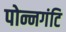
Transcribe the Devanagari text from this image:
पोन्नगंटि